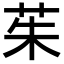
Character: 茱